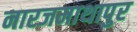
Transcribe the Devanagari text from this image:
नारजमाथापुर